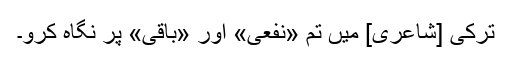
تُرکی [شاعری] میں تم «نفْعی» اور «باقی» پر نگاہ کرو۔